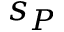
s _ { P }